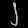
Digit: ၂